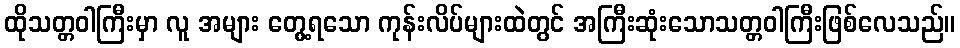
ထိုသတ္တဝါကြီးမှာ လူ အများ တွေ့ရသော ကုန်းလိပ်များထဲတွင် အကြီးဆုံးသောသတ္တဝါကြီးဖြစ်လေသည်။